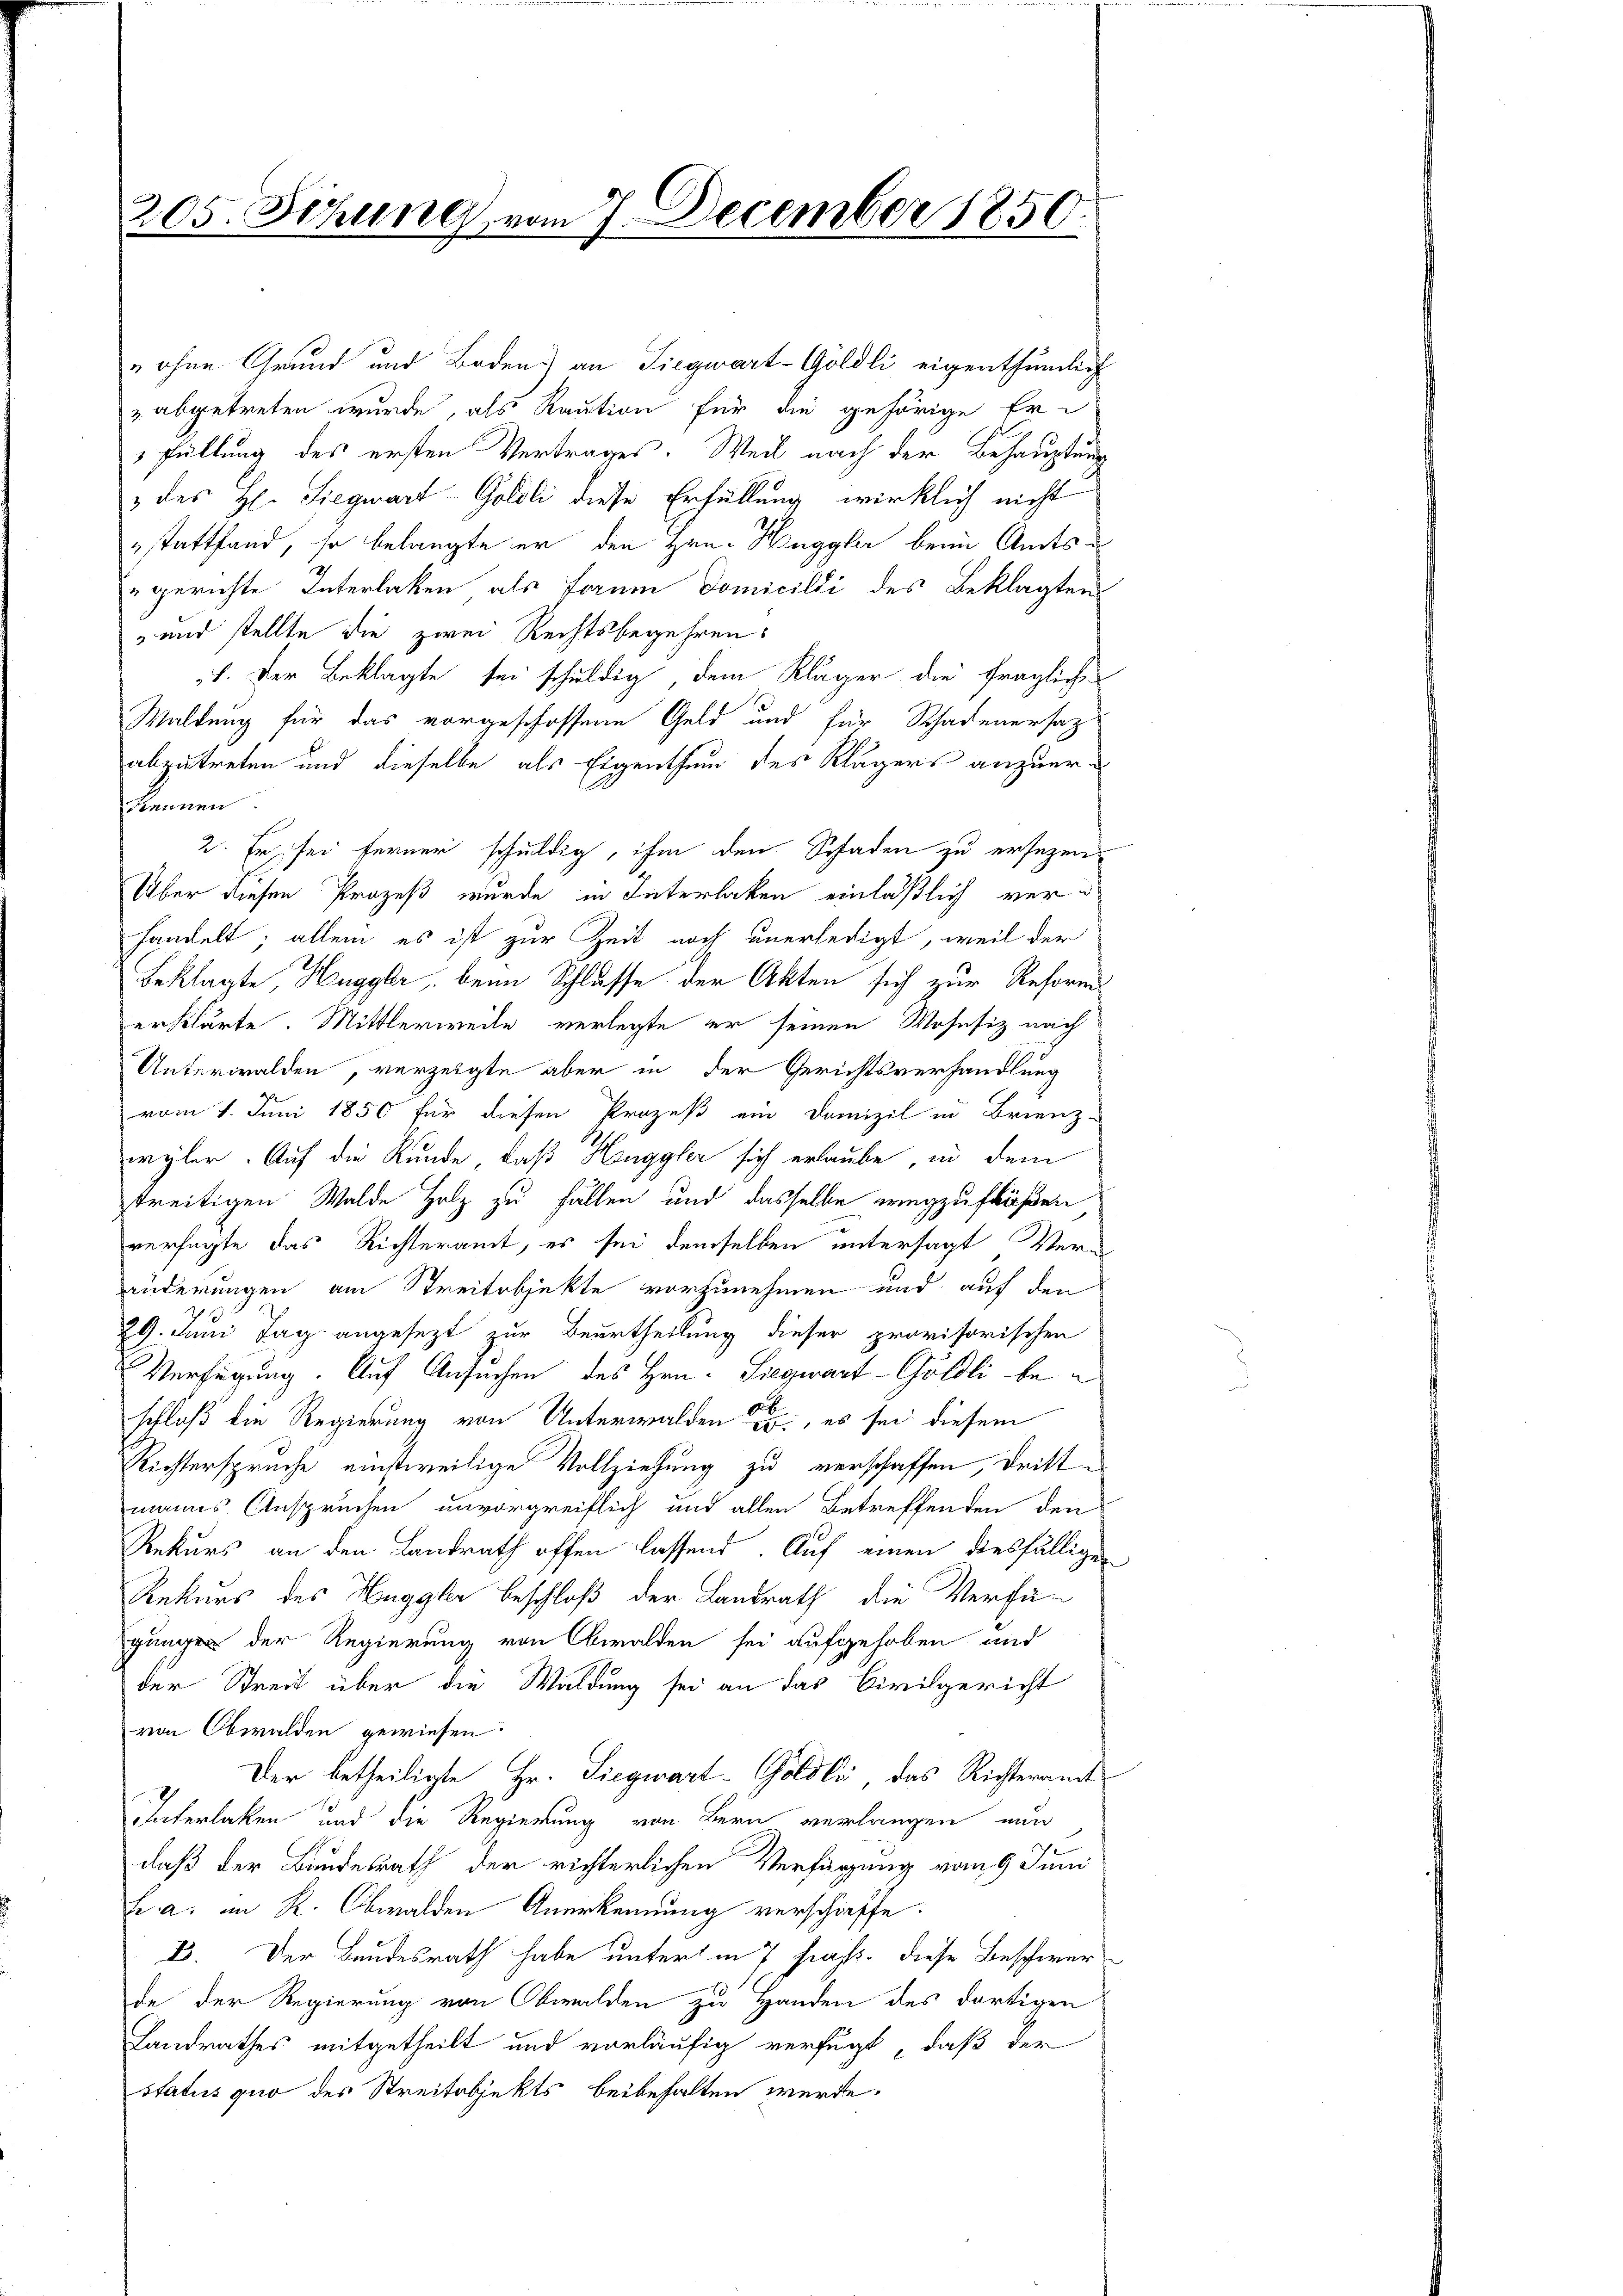
205. Fehung vom 7. December 1850.

„ohne Grund und Boden) an Siegwart-Göldli eigenthümlich
z abgetreten wurde, als Kaution für die gehörige Er-
füllung des ersten Vertrages. Weil nach der Behauptung
3 des H. Siegwart-Goldli diese Erfüllung wirklich nicht
stattfand, so belangte er den Hrn. Heggler beim Amtsgerichte Interlaken als Taum domicildi des Beklagten
und stellte die zwei Rechtsbegehren
1. Der Beklagte sei schuldig dem Kläger die fragliche
Waldung für das vorgeschossene Geld und für Schadenersatz
abzutreten und dieselbe als Eigenthum des Klägers anzuerönnen
2. Er sei ferner schuldig, ihm den Schaden zu ersezen
Über diesen Prozeß wurde in Interlaken einläßlich verhandelt; allein es ist zur Zeit noch unerledigt, weil der
Beklagte, Hugger, beim Schlusse der Akten sich zur Reform
ershärte. Mittlerweile verlegte er seinen Wohnsiz nach
Unterwalden, verzeigte aber in der Gerichtsverhandlung
vom 1. Juni 1850 für diesen Prozeß ein Domizil in Brienz-
wyler. Auf die Kunde, daß Henggler sich erlaube in dem
treitigen Walde Holz zu fällen und dasselbe wegzuflüßen
versagte das Richteramt, es sei demselben untersagt Veru
änderungen am Streitobjekte vorzunehmen und auf den
29. Juni Tag angesezt zur Beurtheilung dieser provisorischen
Verfügung. Auf Ansuchen des Hrn. Siegwart-Göldli beab
schluß die Regierung von Unterwalden c., es sei diesem
Richtersprüche einstweilige Vollziehung zu verschaffen, dritte
maines Anspruchen unvorgreiflich und allen Betreffenden den
Rekurs an den Landrath offen lassend. Auf einen diesfälligen
Rekurs des Heggler beschloß der Landrath die Verfügungen der Regierung von Obwalden sei aufgehoben und
der Streit über die Waldung sei an das Civilgericht
von Obwalden gewiesen.
Der betheiligte Hr. Siegwart-Göldli, das Richteramt
Interlaken und die Regierung von Bern verlangen nun
daß der Bundesrath der richterlichen Verfügung vom 9 Juni
fr. a. in K. Obwalden Anerkennung verschaffe.
B. Der Bundesrath habe untert in 7 hast. Diese Beschwerde der Regierung von Obwalden zu Handen des dortigen
Landrathes mitgetheilt und vorläufig verfügt daß der
status quo des Streitobjekts beibehalten werde.